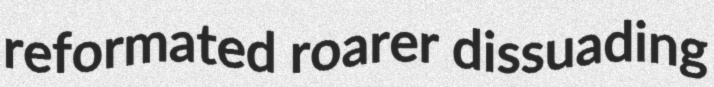
reformated roarer dissuading